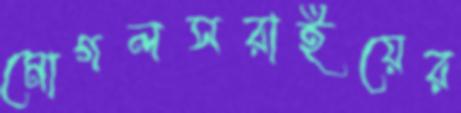
মোগলসরাইয়ের